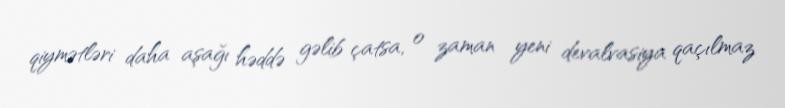
qiymətləri daha aşağı həddə gəlib çatsa, o zaman yeni devalvasiya qaçılmaz